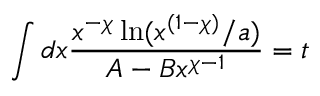
\int d x \frac { x ^ { - \chi } \ln ( x ^ { ( 1 - \chi ) } / a ) } { A - B x ^ { \chi - 1 } } = t